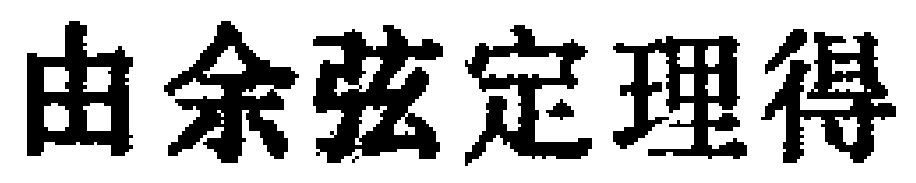
由余弦定理得